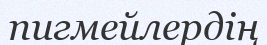
пигмейлердің